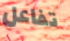
تفاعل